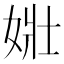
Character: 𡝂